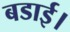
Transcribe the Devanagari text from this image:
बडाई।